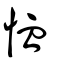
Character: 恤